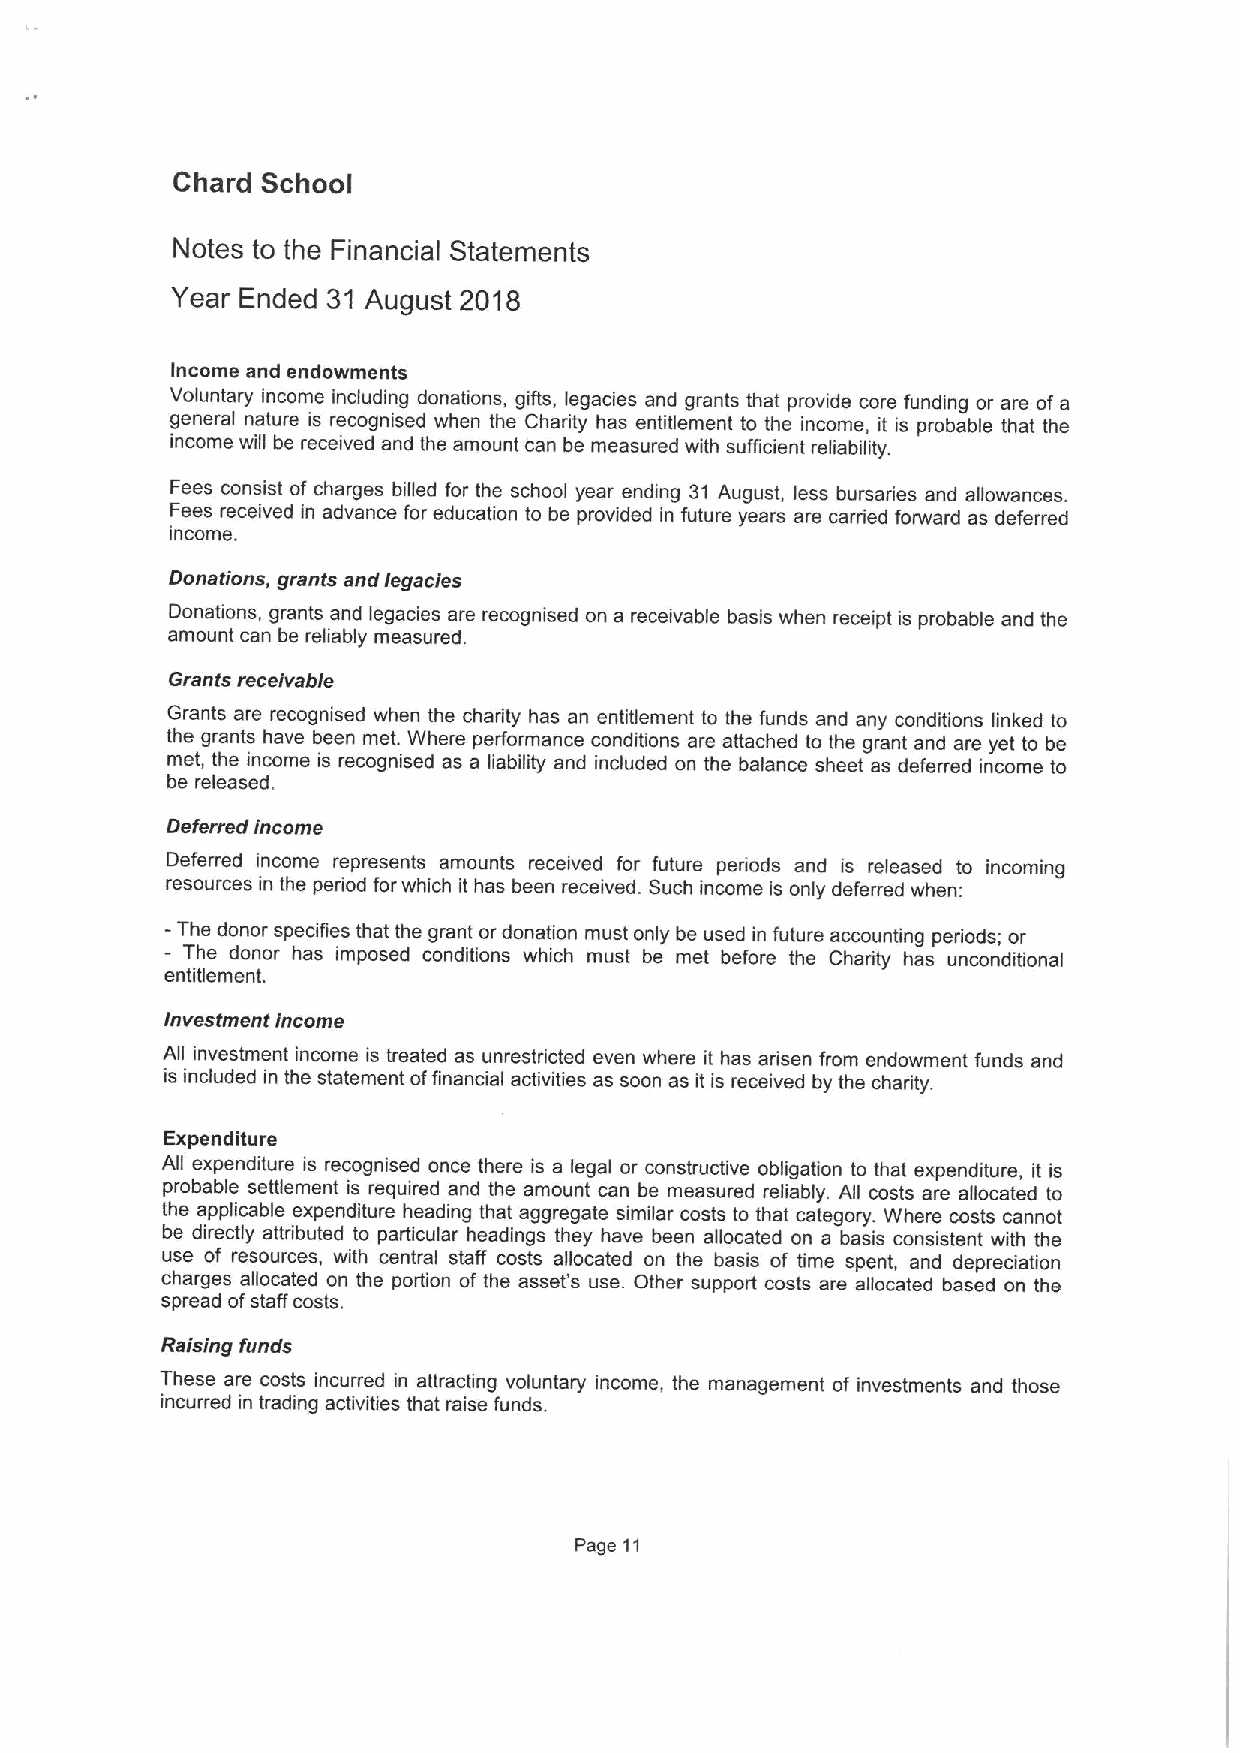
Chard School
 Notes to the Financial Statements
 Year Ended 31 August 2018
 Income and endowments
 Voluntary income including donations, gifts, legacies and grants that provide core funding or are of a
 general nature is recognised when the Charity has entitlement to the income, it is probable that the
 income will be received and the amount can be measured with sufficient reliability.
 Fees consist of charges billed for the school year ending 31 August, less bursaries and allowances.
 Fees received in advance for education to be provided in future years are carried forward as deferred
 income.
 Donations, grants and legacies
 Donations, grants and legacies are recognised on a receivable basis when receipt is probable and the
 amount can be reliably measured.
 Grants receivable
 Grants are recognised when the charity has an entitlement to the funds and any conditions linked to
 the grants have been met. Where performance conditions are attached to the grant and are yet to be
 met, the income is recognised as a liability and included on the balance sheet as deferred income to
 be released.
 Deferred income
 Deferred income represents amounts received for future periods and is released to incoming
 resources in the periiod forwhich it has been received. Such income is only deferred when:
 -The donor specifies that the grant or donation must only be used in future accounting periods; or
 -
 The donor has imposed conditions which must be met before the Charity has unconditional
 entitlement.
 Investment income
 All investment income is treated as unrestriicted even where it has arisen from endowment funds and
 is included in the statement offinancial activities as soon as it is received by the charity.
 Expenditure
 All expenditure is recognised once there is a legal or constructive obligation to that expenditure, it is
 probable settlement is required and the amount can be measured reliably. All costs are allocated to
 the applicable expenditure heading that aggregate similar costs to that category. Where costs cannot
 be directly attributed to particular headings they have been allocated on a basis consistent with the
 use of resources, with central staff costs allocated on the basis of time spent, and depreciation
 charges allocated on the portion of the asset's use. Other support costs are allocated based on the
 spread ofstaff costs.
 Raising funds
 These are costs incurred in attracting voluntary income, the management of investments and those
 incurred in trading activities that raise funds.
 Page 11